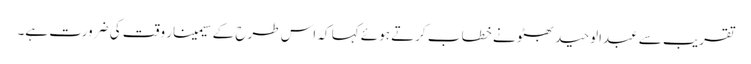
تقریب سے عبدالوحید بھٹو نے خطا ب کرتے ہوئے کہا کہ اس طرح کے سیمینار وقت کی ضرورت ہے۔